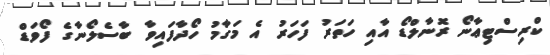
ކްރިސްޓިޢާނޯ ރޮނާލްޑޯ އާއި ހަތަރު ފަހަރު އެ މަގާމު ހޯދާފައިވާ ބާސެލޯނާގެ ފޯވަޑް